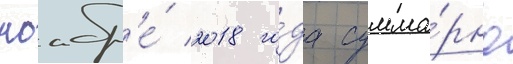
ноабр'е́ 2018 го́да сумма́рно